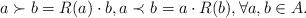
LaTeX: \begin{align*}a \succ b = R(a) \cdot b, a\prec b = a\cdot R(b), \forall a, b \in A. \end{align*}